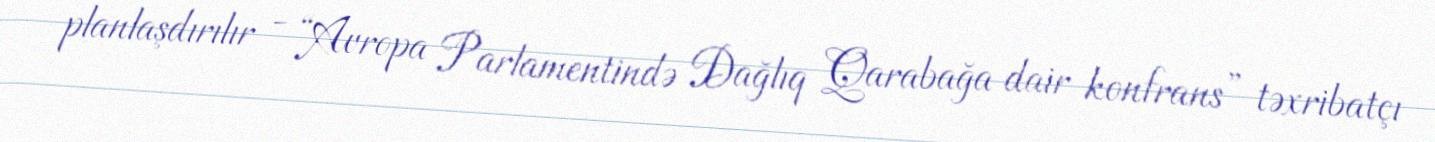
planlaşdırılır - “Avropa Parlamentində Dağlıq Qarabağa dair konfrans” təxribatçı